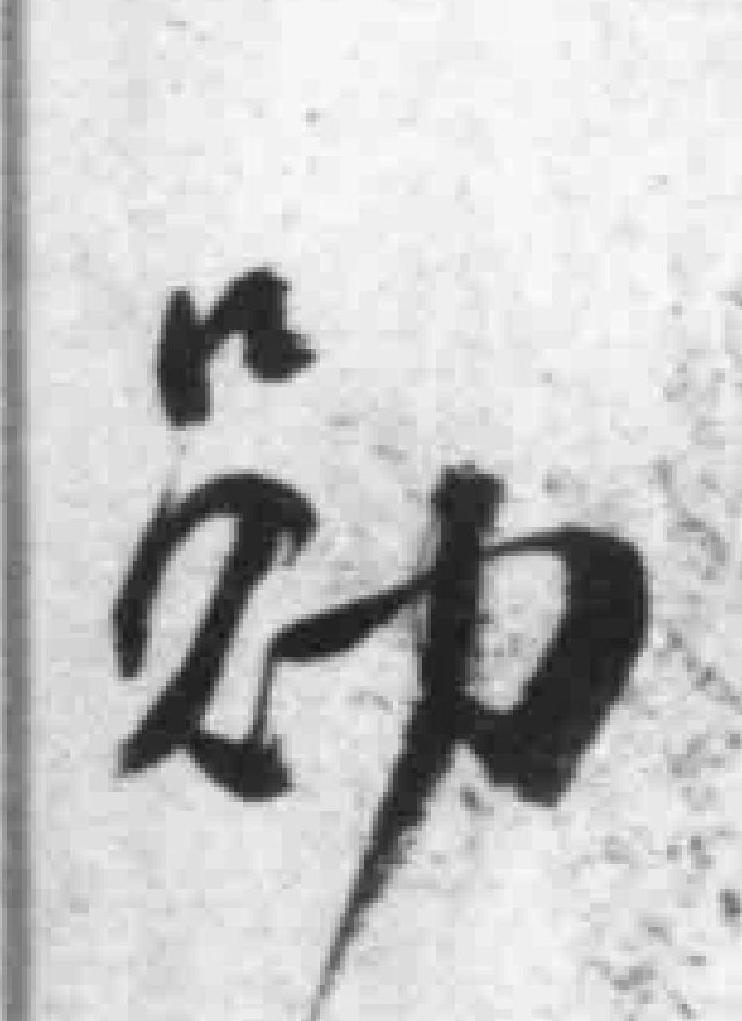
勋